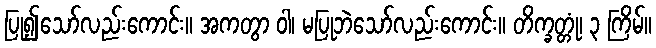
ပြု၍သော်လည်းကောင်း။ အကတွာ ဝါ၊ မပြုဘဲသော်လည်းကောင်း။ တိက္ခတ္တုံ၊ ၃ ကြိမ်။